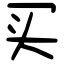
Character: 买